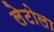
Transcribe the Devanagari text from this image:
लेटोला